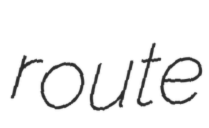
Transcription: route